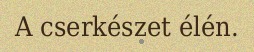
A cserkészet élén.